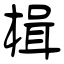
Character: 楫